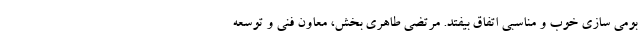
بومی سازی خوب و مناسبی اتفاق بیفتد. مرتضی طاهری بخش، معاون فنی و توسعه